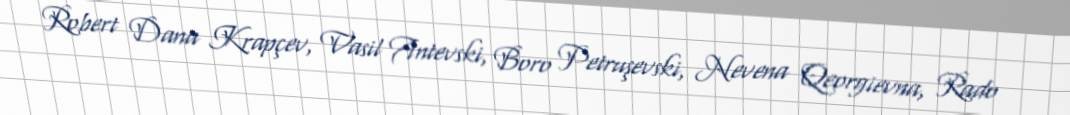
Robert Dana Krapçev, Vasil Antevski, Boro Petruşevski, Nevena Qeorgievna, Rado